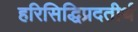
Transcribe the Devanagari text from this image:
हरिसिद्धिप्रदतीर्थ